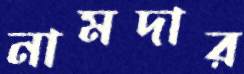
নামদার